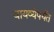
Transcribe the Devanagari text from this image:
वायव्येपर्यंत